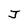
Character: J